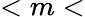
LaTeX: <m<